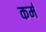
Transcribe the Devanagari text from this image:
कर्मं